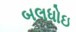
બલધોઇ